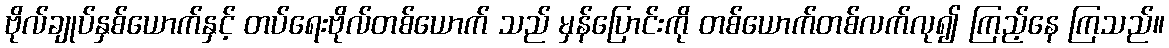
ဗိုလ်ချုပ်နှစ်ယောက်နှင့် တပ်ရေးဗိုလ်တစ်ယောက် သည် မှန်ပြောင်းကို တစ်ယောက်တစ်လက်လု၍ ကြည့်နေ ကြသည်။